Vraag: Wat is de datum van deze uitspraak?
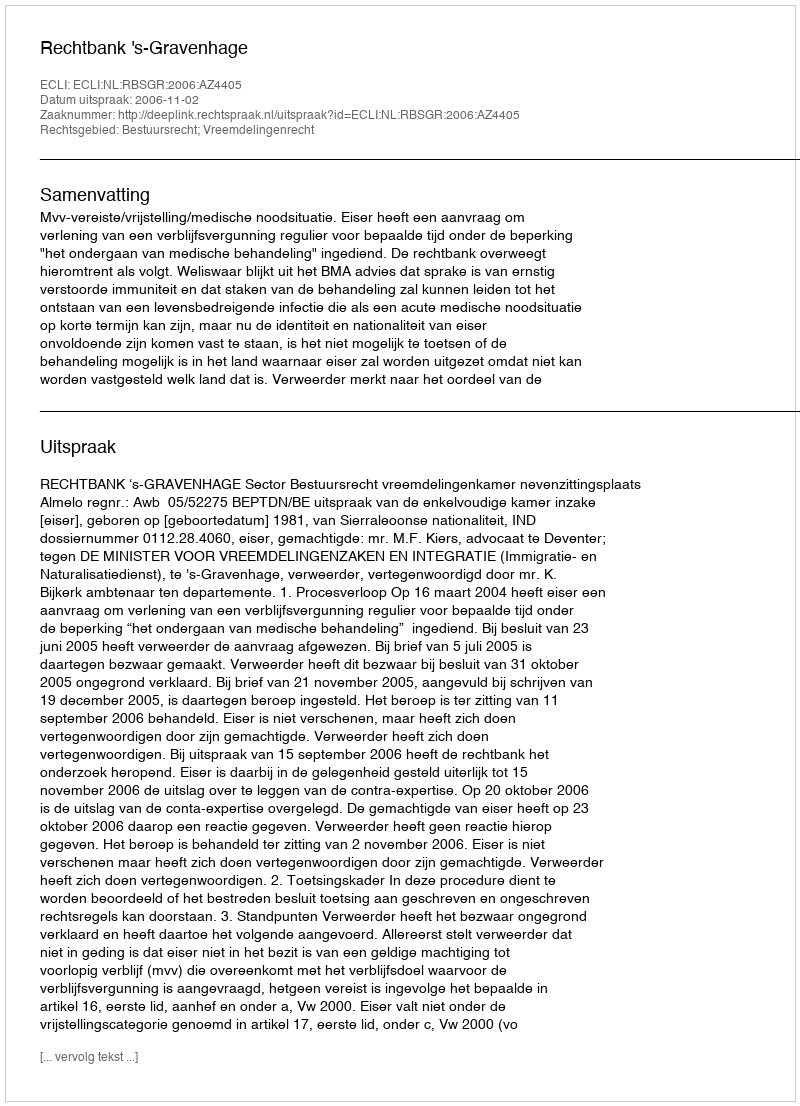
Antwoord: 2006-11-02